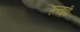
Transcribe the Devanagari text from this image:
रत्‍नादी